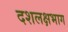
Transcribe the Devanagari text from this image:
दशलक्षभाग